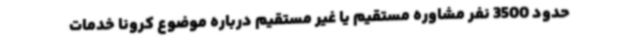
حدود 3500 نفر مشاوره مستقیم یا غیر مستقیم درباره موضوع کرونا خدمات